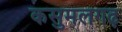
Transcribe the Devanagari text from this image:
कसुमलगढ़